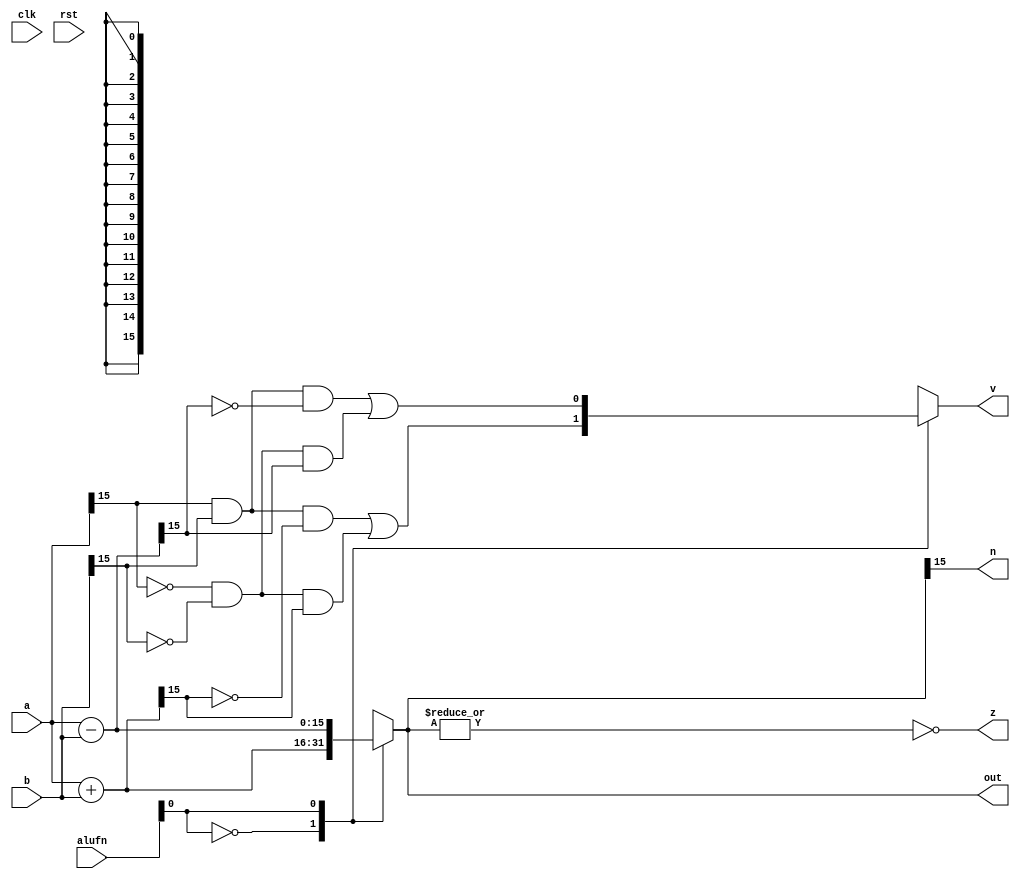
module add_5 (
    input clk,
    input rst,
    input [5:0] alufn,
    input [15:0] a,
    input [15:0] b,
    output reg [15:0] out,
    output reg [0:0] v,
    output reg [0:0] z,
    output reg [0:0] n
  );
  
  
  
  reg [15:0] sum_intermediate;
  
  always @* begin
    
    case (alufn[0+0-:1])
      1'h0: begin
        sum_intermediate = a + b;
        v = (((a[15+0-:1]) & (b[15+0-:1]) & (~sum_intermediate[15+0-:1])) | ((~a[15+0-:1]) & (~b[15+0-:1]) & (sum_intermediate[15+0-:1])));
      end
      1'h1: begin
        sum_intermediate = a - b;
        v = (((a[15+0-:1]) & (b[15+0-:1]) & (~sum_intermediate[15+0-:1])) | ((~a[15+0-:1]) & (~b[15+0-:1]) & (sum_intermediate[15+0-:1])));
      end
      default: begin
        sum_intermediate = a + b;
        v = (((a[15+0-:1]) & (b[15+0-:1]) & (~sum_intermediate[15+0-:1])) | ((~a[15+0-:1]) & (~b[15+0-:1]) & (sum_intermediate[15+0-:1])));
      end
    endcase
    out = sum_intermediate[0+15-:16];
    z = (~|sum_intermediate);
    n = sum_intermediate[15+0-:1];
  end
endmodule